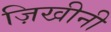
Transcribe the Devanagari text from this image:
ज़िखीनी